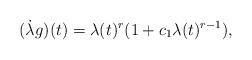
LaTeX: \begin{align*}(\dot{\lambda } g )(t) = \lambda (t)^{r} ( 1 + c_{1} \lambda (t)^{r-1}),\end{align*}